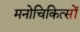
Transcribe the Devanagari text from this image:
मनोचिकित्सों